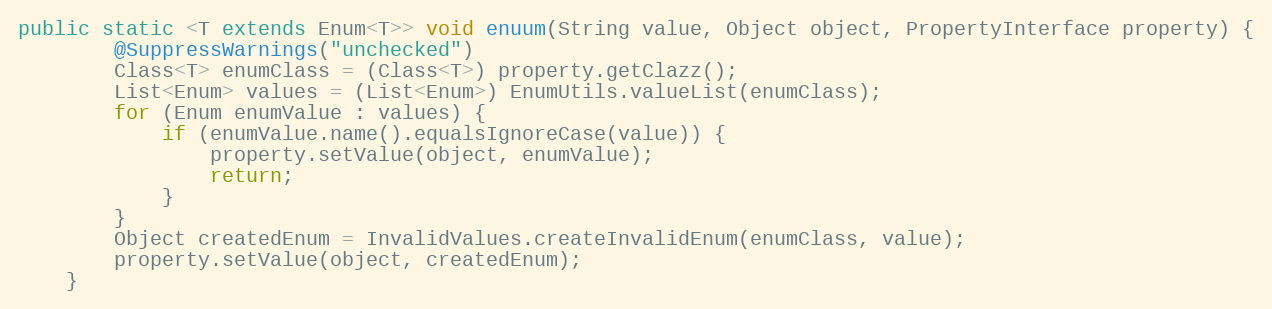
Language: Java
public static <T extends Enum<T>> void enuum(String value, Object object, PropertyInterface property) {
		@SuppressWarnings("unchecked")
		Class<T> enumClass = (Class<T>) property.getClazz();
		List<Enum> values = (List<Enum>) EnumUtils.valueList(enumClass);
		for (Enum enumValue : values) {
			if (enumValue.name().equalsIgnoreCase(value)) {
				property.setValue(object, enumValue);
				return;
			}
		}
		Object createdEnum = InvalidValues.createInvalidEnum(enumClass, value);
		property.setValue(object, createdEnum);
	}